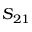
S _ { 2 1 }